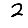
Digit: 2